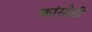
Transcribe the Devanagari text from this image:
कांसोटी